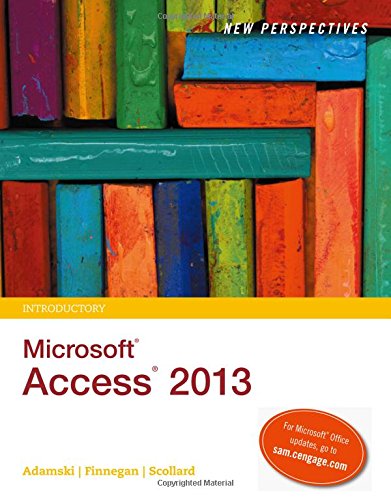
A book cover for New Perspectives on Microsoft Access 2013, Introductory; Joseph J. Adamski; Computers & Technology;